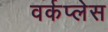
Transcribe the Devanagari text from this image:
वर्कप्लेस